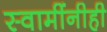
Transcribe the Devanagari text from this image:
स्वामींनीही